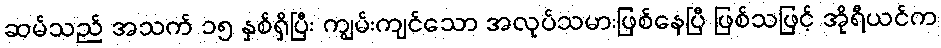
ဆမ်သည် အသက် ၁၅ နှစ်ရှိပြီး ကျွမ်းကျင်သော အလုပ်သမားဖြစ်နေပြီ ဖြစ်သဖြင့် အိုရီယင်က